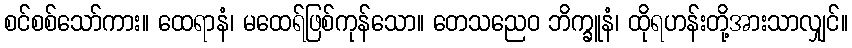
စင်စစ်သော်ကား။ ထေရာနံ၊ မထေရ်ဖြစ်ကုန်သော။ တေသညေဝ ဘိက္ခူနံ၊ ထိုရဟန်းတို့အားသာလျှင်။